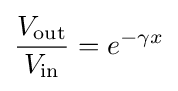
{\frac {V_{\mathrm {out} }}{V_{\mathrm {in} }}}=e^{-\gamma x}